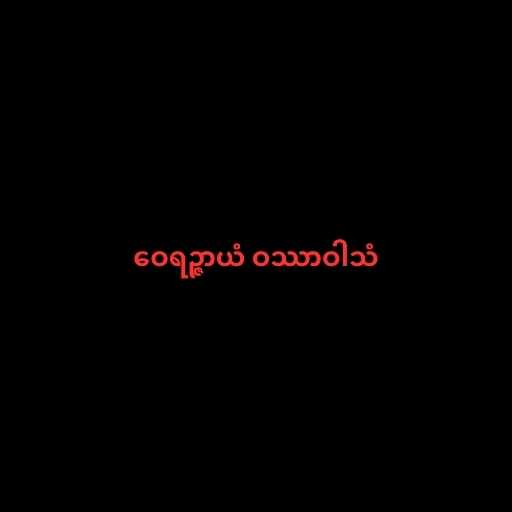
ဝေရဉ္ဇာယံ ဝဿာဝါသံ